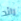
رائد